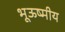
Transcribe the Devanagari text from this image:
भूऊष्मीय